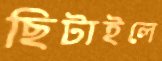
ছিটাইলে